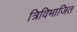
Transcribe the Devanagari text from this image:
त्रिविभाजित